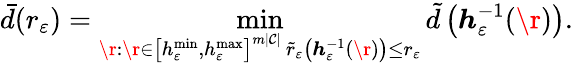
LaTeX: \bar{d}(r_{\varepsilon})=\operatorname*{min}_{\substack{{\r:\r\in\left[h_{\varepsilon}^{\operatorname*{min}},h_{\varepsilon}^{\operatorname*{max}}\right]^{m\lvert\mathcal{C}\rvert}}\, {\tilde{r}_{\varepsilon}\left(\boldsymbol{h}_{\varepsilon}^{-1}(\r)\right)\leq r_{\varepsilon}}}}\tilde{d}\left(\boldsymbol{h}_{\varepsilon}^{-1}(\r)\right).